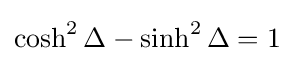
\cosh ^{2}\Delta -\sinh ^{2}\Delta =1